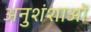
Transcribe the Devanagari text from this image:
अनुशंशाओं